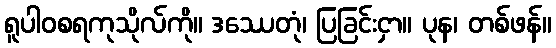
ရူပါဝစရကုသိုလ်ကို။ ဒဿေတုံ၊ ပြခြင်းငှာ။ ပုန၊ တစ်ဖန်။